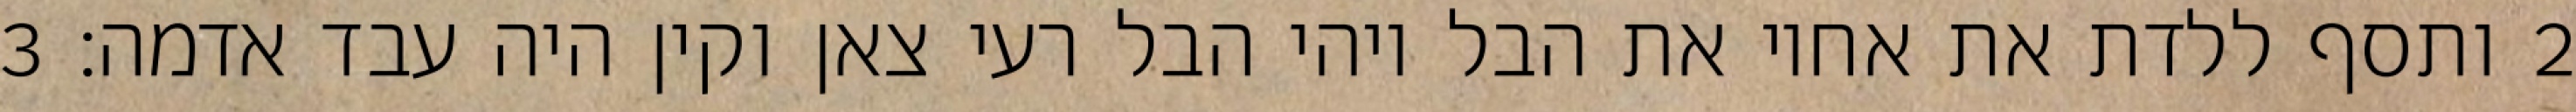
‎2‏ ותסף ללדת את אחיו את הבל ויהי הבל רעי צאן וקין היה עבד אדמה׃ ‎3‏